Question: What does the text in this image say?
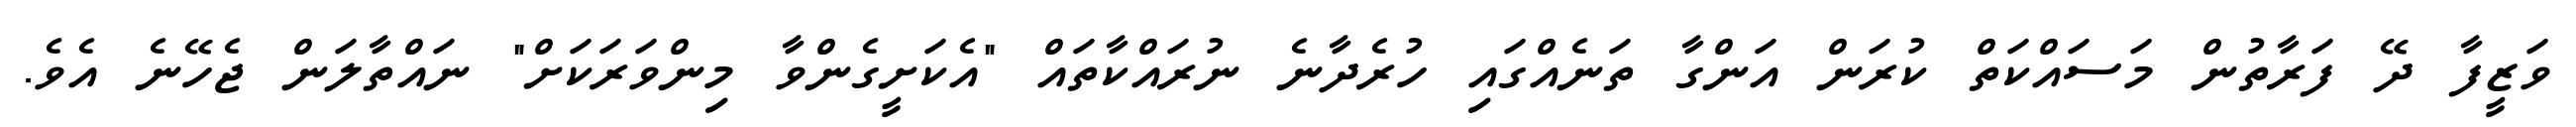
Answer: ވަޒީފާ ދޭ ފަރާތުން މަސައްކަތް ކުރަން އަންގާ ތަނެއްގައި ހުރެދާނެ ނުރައްކާތައް "އެކަށީގެންވާ މިންވަރަކަށް" ނައްތާލަން ޖެހޭނެ އެވެ.